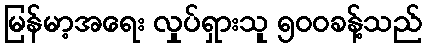
မြန်မာ့အရေး လှုပ်ရှားသူ ၅၀၀ခန့်သည်